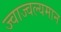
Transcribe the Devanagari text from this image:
ज्वाज्वल्यमान